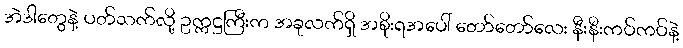
အဲဒါတွေနဲ့ ပတ်သက်လို့ ဥက္ကဋ္ဌကြီးက အခုလက်ရှိ အစိုးရအပေါ် တော်တော်လေး နီးနီးကပ်ကပ်နဲ့